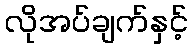
လိုအပ်ချက်နှင့်